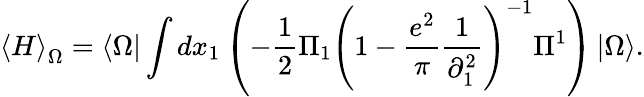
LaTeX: \left\langle H\right\rangle_{\Omega}=\left\langle\Omega\right|\int{dx_{1}}\left({-\frac{1}{2}\Pi_{1}\left({1-\frac{{e^{2}}}{\pi}\frac{1}{{\partial_{1}^{2}}}}\right)^{-1}\Pi^{1}}\right)\left|\Omega\right\rangle.